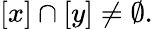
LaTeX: [x]\cap[y]\neq\emptyset.